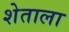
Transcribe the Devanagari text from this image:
शेताला